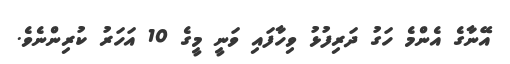
އޭނާގެ އެންމެ ހަގު ދަރިފުޅު ވިހާފައި ވަނީ މީގެ 10 އަހަރު ކުރިންނެވެ.